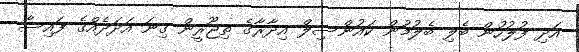
އަދި ފުލުހުން ބެލި ބެލުމުން ކައުންސިލް އިދާރާގެ ތިޖޫރީން ގިނަ އަދަދެއްގެ ފައިސާ